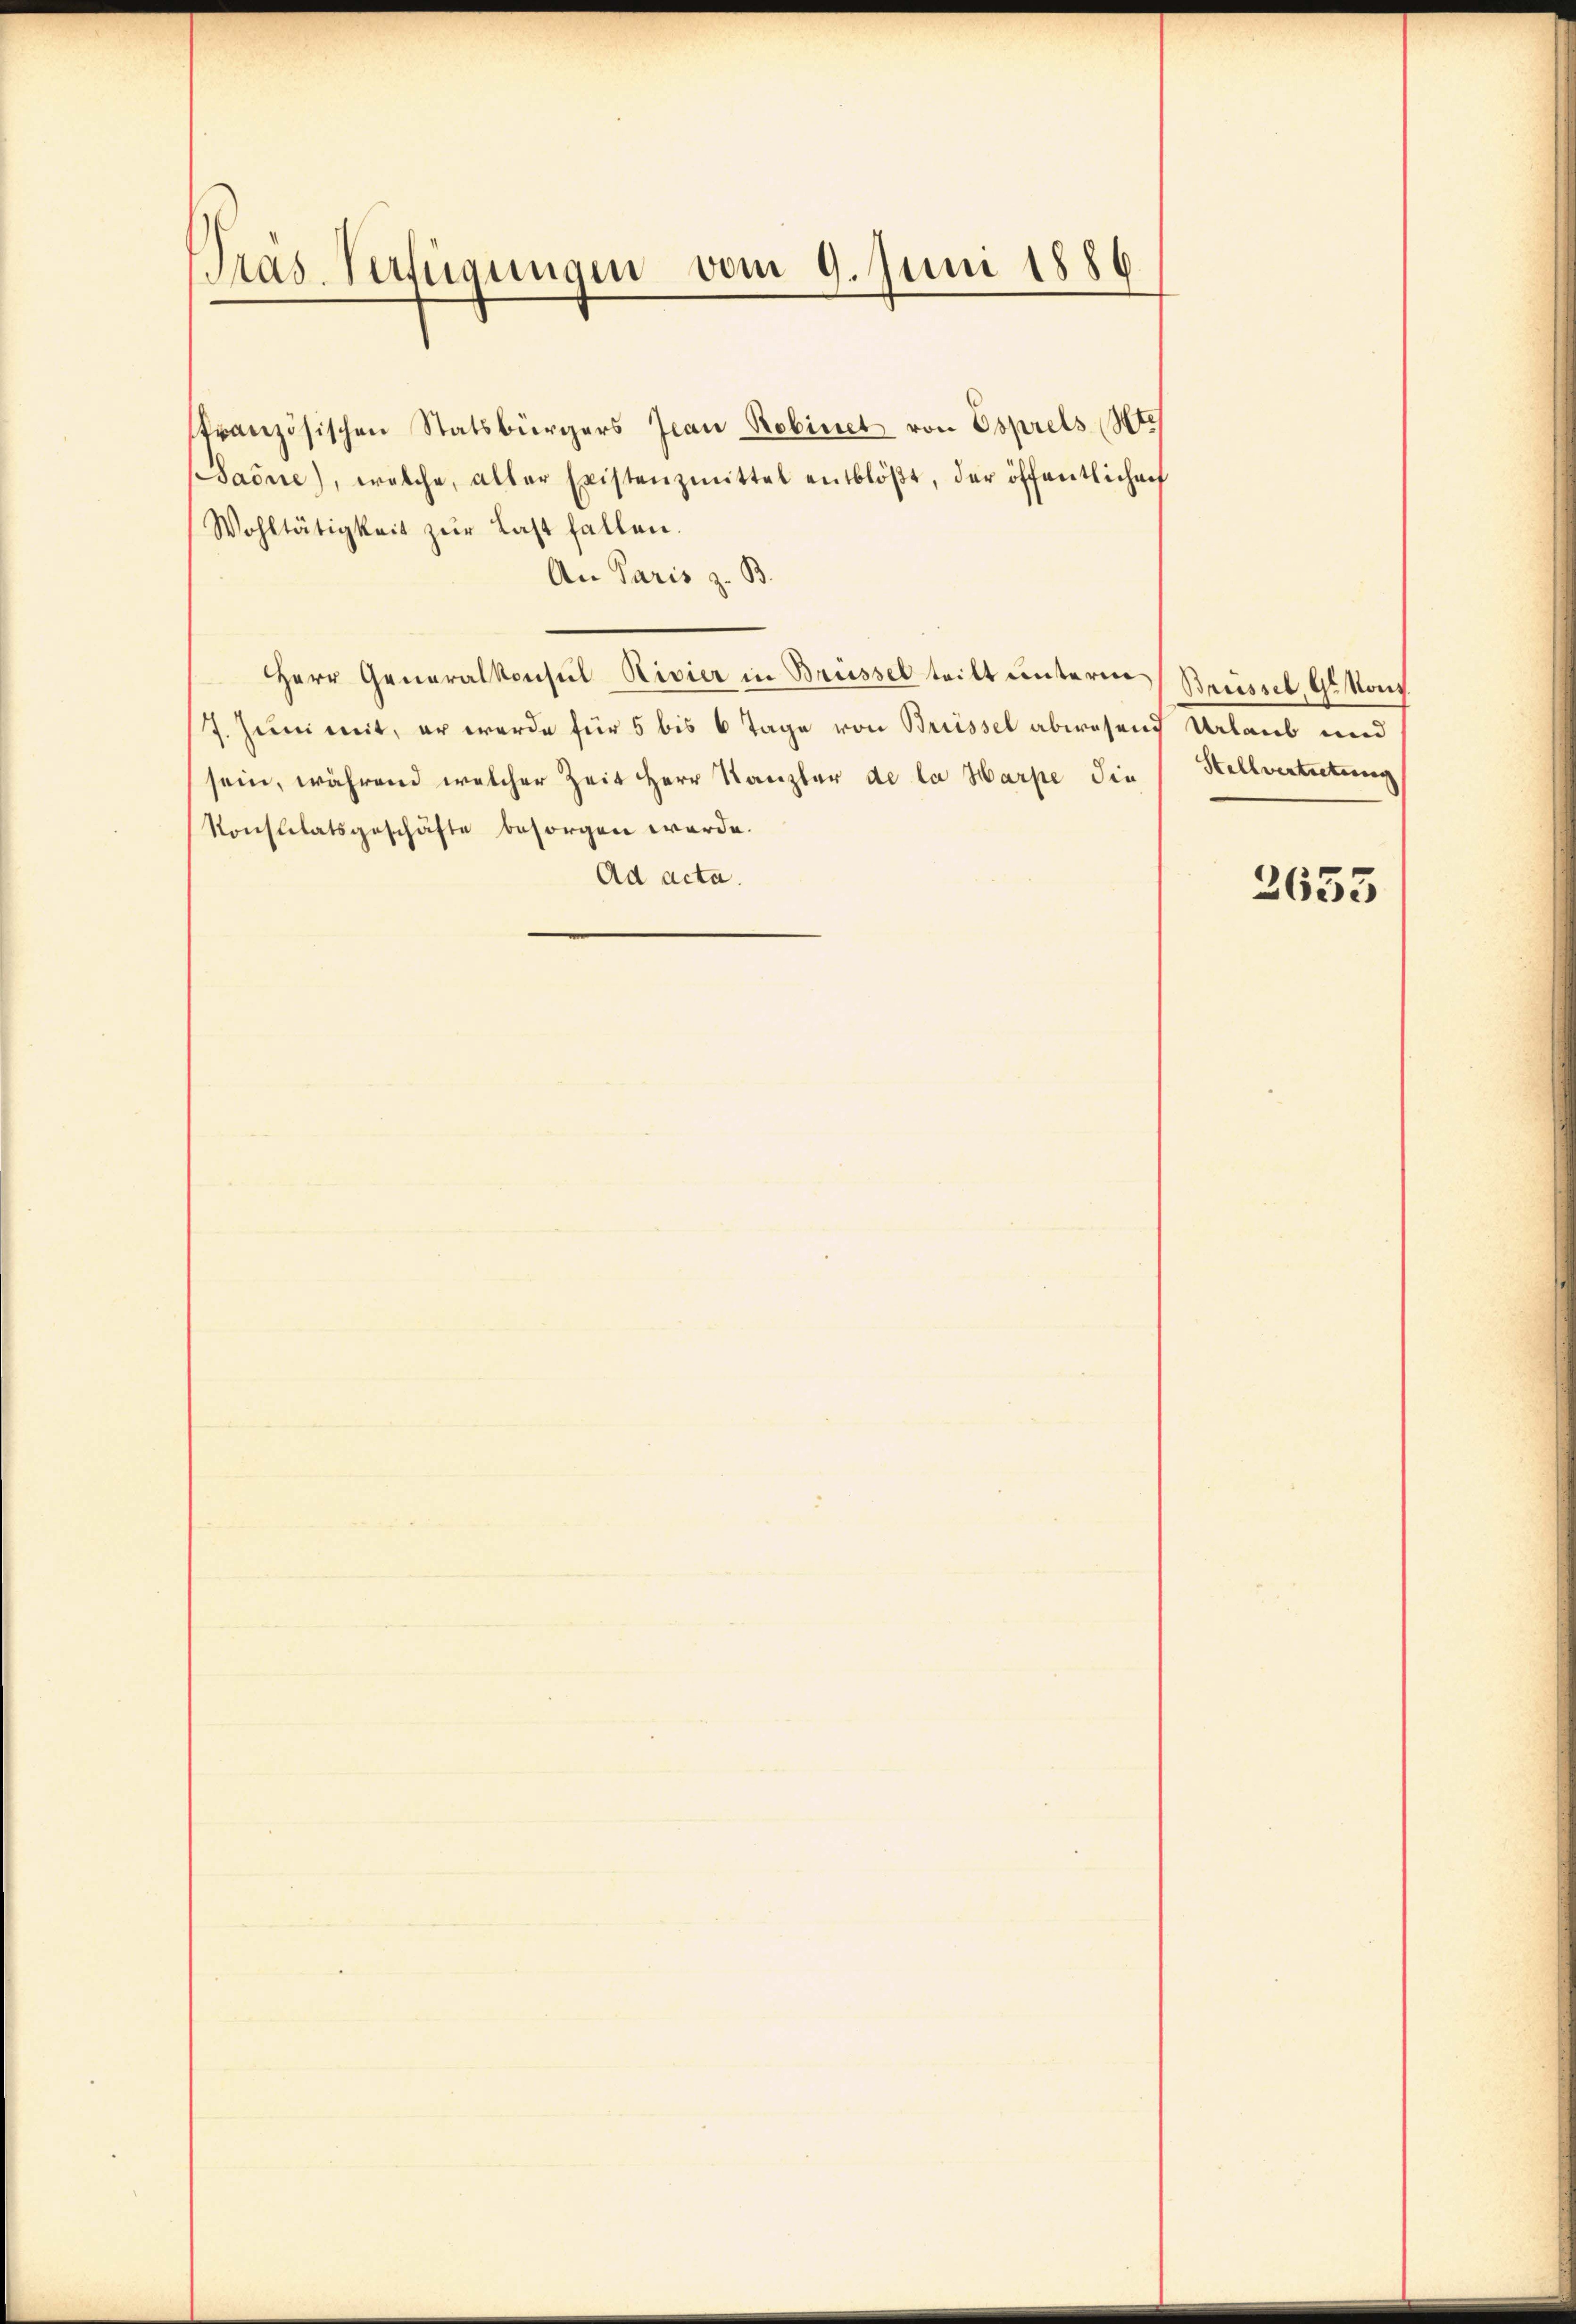
Pras Verfügungen vom 9. Juni 1886.

französischen Statsbürgers Jean Robinet von Esprels Ste
Bacne), welche, aller Existenzmittel entblöβt, der öffentlichenf
Wohltätigkeit zŭr Last fallen.
An Paris z. B.
Herr Generalkonsul Rivier in Brüssel tritt unterm Recessel, G. Kauf
7. Juni mit, er werde für 5 bis 6 Tage von Brüssel abwesend Urlaub und
sein, während welcher Zeit Herr Kanzler de la Harpe die
Konstitatsgeschäfte besorgen werde.
Ad acta.

Stellvertretung

2635